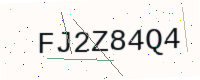
Text: FJ2Z84Q4